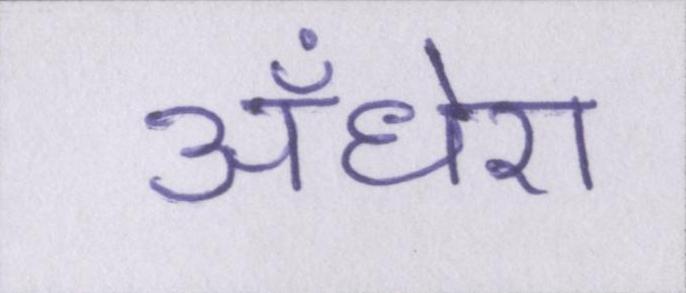
अँधेरा